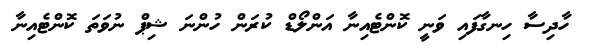
ހާދިސާ ހިނގާފައި ވަނީ ކޮންޓެއިނާ އަންލޯޑް ކުރަން ހުންނަ ޝިޕް ނުވަތަ ކޮންޓެއިނާ